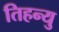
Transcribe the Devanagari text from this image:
तिहन्यु